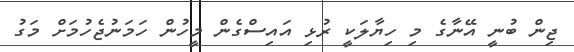
ޖިން ބުނީ އޭނާގެ މި ހިޔާލަކީ ރުޅި އައިސްގެން މީހުން ހަމަނުޖެހުމަށް މަގު